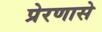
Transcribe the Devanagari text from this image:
प्रेरणासे